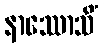
နာဿောသိံ